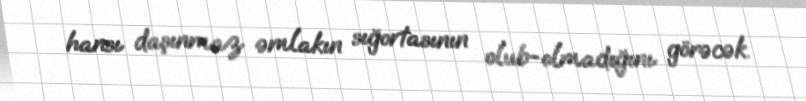
hansı daşınmaz əmlakın sığortasının olub-olmadığını görəcək.